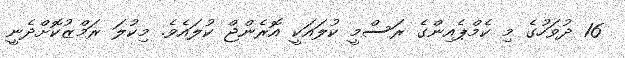
16 ދުވަހުގެ މި ކެމްޕެއިންގެ ރަސްމީ ކުލައަކީ އޮރެންޖް ކުލައެވެ. މިކުލަ ރަމްޒުކޮށްދެނީ